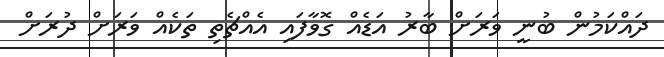
ދައްކަމުން ބުނީ ވަރަށް ބާރު އަޑެއް ގޮވާފައި އެއްޗެތި ތަކެއް ވަރަށް ދުރަށް